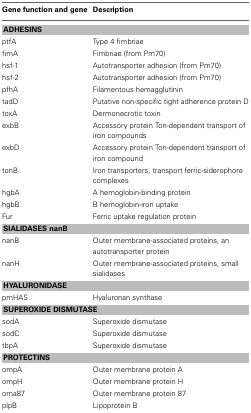
| Gene function and gene | Description |
 | --- | --- |
 | <COLSPAN=2> ADHESINS |
 | ptfA | Type 4 fimbriae |
 | fimA | Fimbriae (from Pm70) |
 | hsf-1 | Autotransporter adhesion (from Pm70) |
 | hsf-2 | Autotransporter adhesion (from Pm70) |
 | pfhA | Filamentous hemagglutinin |
 | tadD | Putative non-specific tight adherence protein D |
 | toxA | Dermonecrotic toxin |
 | exbB | Accessory protein Ton-dependent transport of iron compounds |
 | exbD | Accessory protein Ton-dependent transport of iron compound |
 | tonB | Iron transporters, transport ferric-siderophore complexes |
 | hgbA | A hemoglobin-binding protein |
 | hgbB | B hemoglobin-iron uptake |
 | Fur | Ferric uptake regulation protein |
 | <COLSPAN=2> SIALIDASES nanB |
 | nanB | Outer membrane-associated proteins, an autotransporter protein |
 | nanH | Outer membrane-associated proteins, small sialidases |
 | <COLSPAN=2> HYALURONIDASE |
 | pmHAS | Hyaluronan synthase |
 | <COLSPAN=2> SUPEROXIDE DISMUTASE |
 | sodA | Superoxide dismutase |
 | sodC | Superoxide dismutase |
 | tbpA | Superoxide dismutase |
 | <COLSPAN=2> PROTECTINS |
 | ompA | Outer membrane protein A |
 | ompH | Outer membrane protein H |
 | oma87 | Outer membrane protein 87 |
 | plpB | Lipoprotein B |